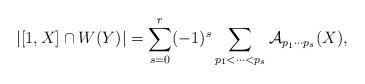
LaTeX: \begin{align*} \left|[1,X] \cap W(Y)\right|= \sum_{s=0}^r (-1)^s \sum_{p_1<\dots < p_s} \mathcal{A}_{p_1\cdots p_s}(X),\end{align*}